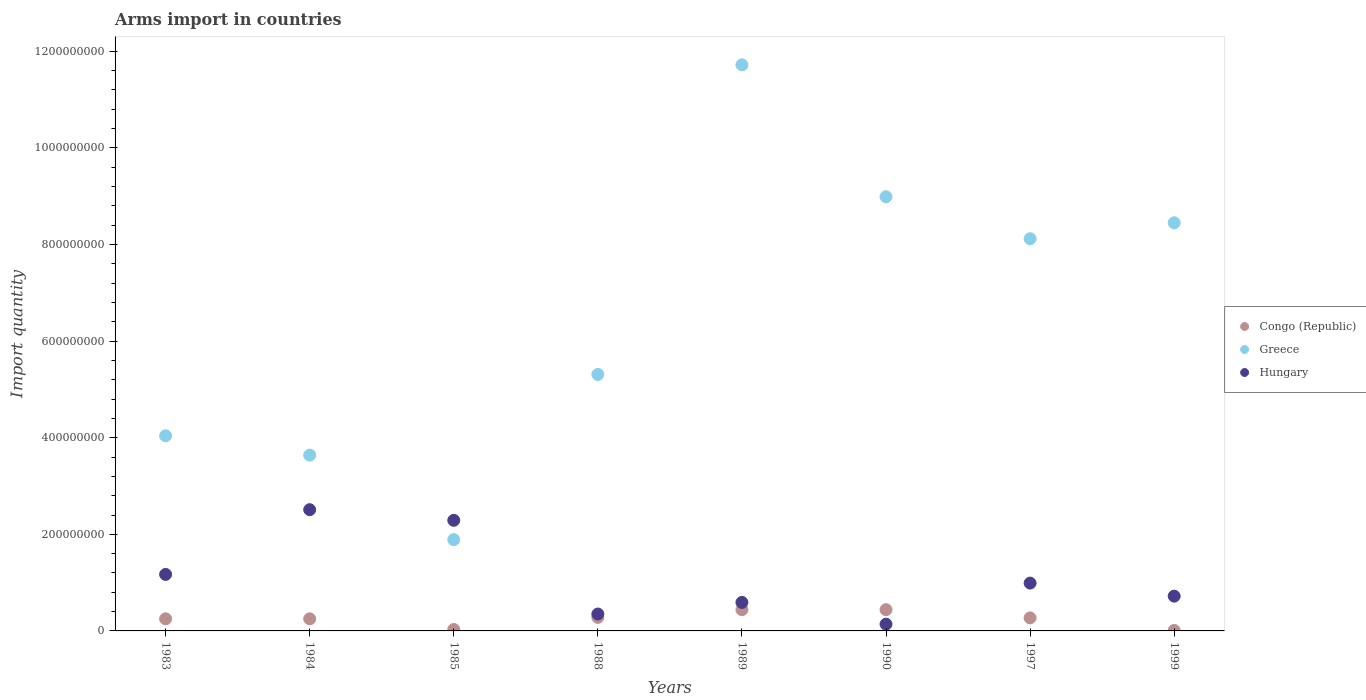
| Years | Congo (Republic) | Greece | Hungary |
 | --- | --- | --- | --- |
 | 1983 | 2.5e+07 | 4.04e+08 | 1.17e+08 |
 | 1984 | 2.5e+07 | 3.64e+08 | 2.51e+08 |
 | 1985 | 3e+06 | 1.89e+08 | 2.29e+08 |
 | 1988 | 2.8e+07 | 5.31e+08 | 3.5e+07 |
 | 1989 | 4.4e+07 | 1.17e+09 | 5.9e+07 |
 | 1990 | 4.4e+07 | 8.99e+08 | 1.4e+07 |
 | 1997 | 2.7e+07 | 8.12e+08 | 9.9e+07 |
 | 1999 | 1e+06 | 8.45e+08 | 7.2e+07 |